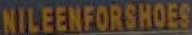
NILEENFORSHOES